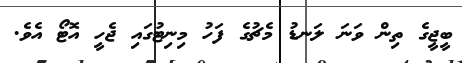
ބީޖީގެ ތިން ވަނަ ލަނޑު މެޗުގެ ފަހު މިނިޓުގައި ޖެހީ އޮޓޯ އެވެ.